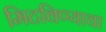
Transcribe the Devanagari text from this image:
मिटविण्याचा